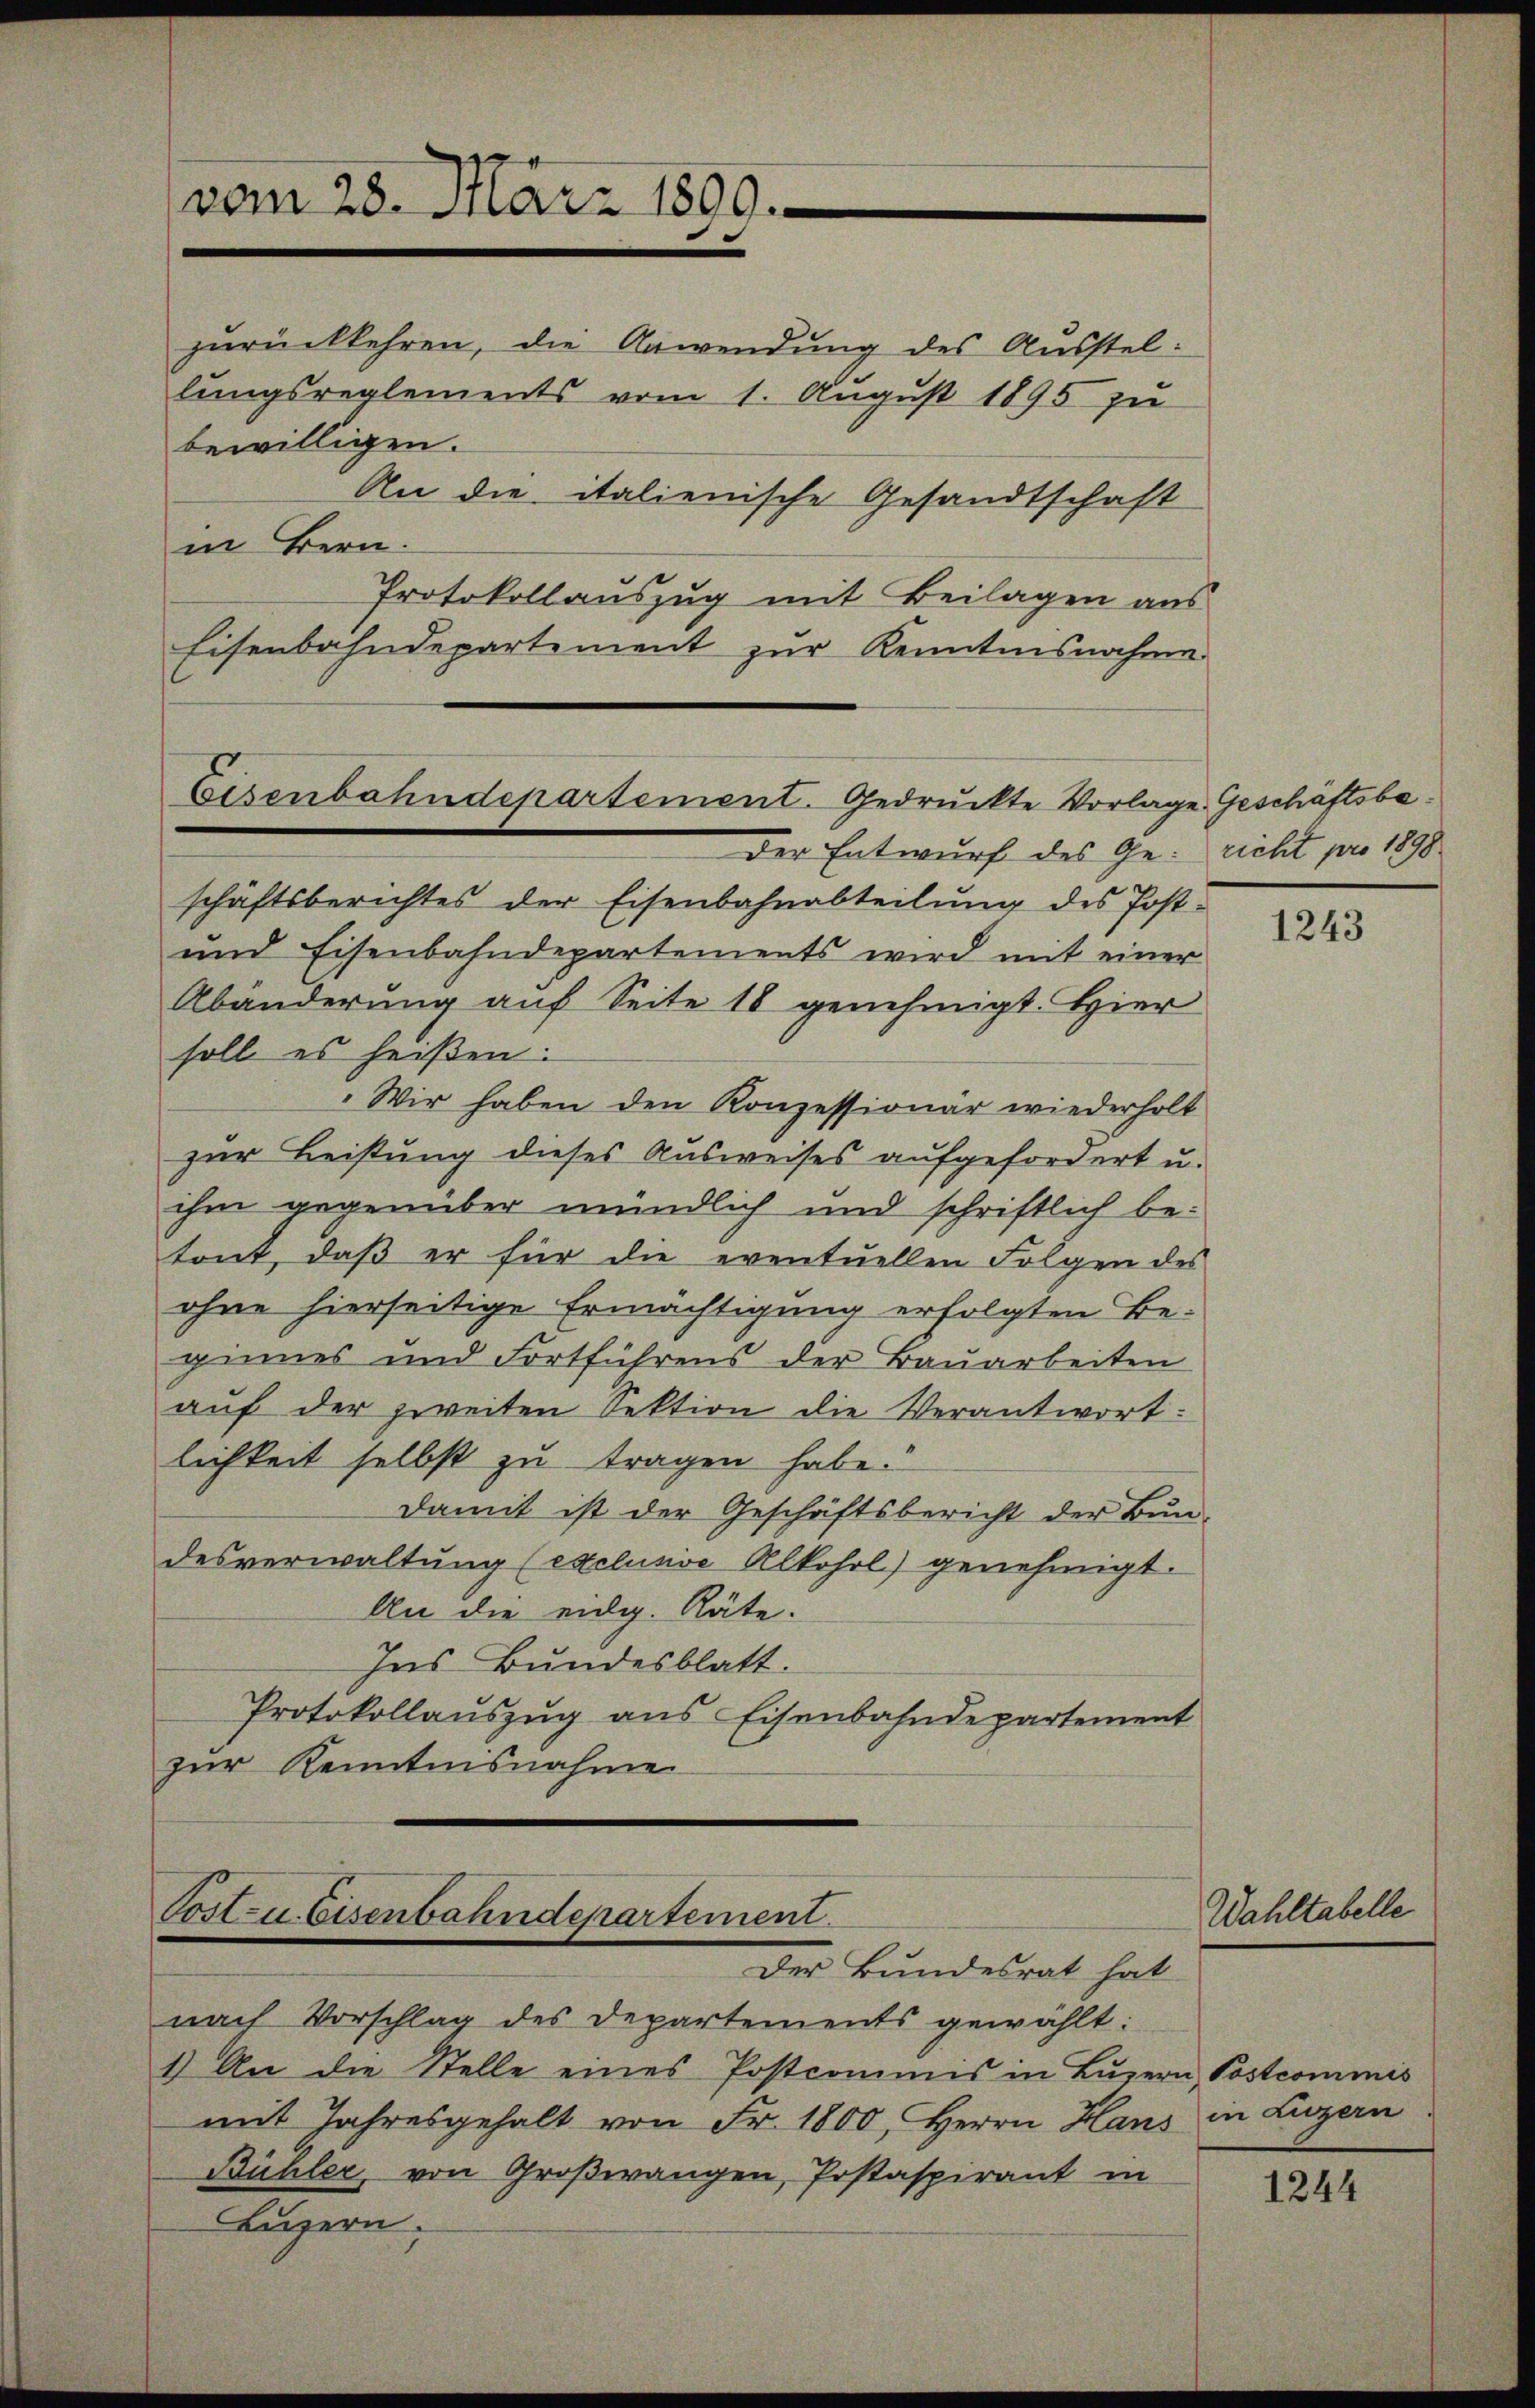
vom 28. März 1899.

zurückkehren, die Anwendung des Ausstellungsreglements vom 1. August 1895 zu
bewilligen.
An die italienische Gesandtschaft
in Bern.
Protokollauszug mit Beilagen aus
Eisenbahndepartement zur Kenntnisnahme

Eisenbahndepartement. Gedruckte Vorlage Geschäftsbe¬
Der Entwurf des Ge- richt pro 1898

schäftsberichtes der Eisenbahnabteilung des Post-
und Eisenbahndepartements wird mit einer
Abänderung auf Seite 18 genehmigt. Hier
soll es heißen:
„Wir haben den Konzessionär wiederholt
zur Leistung dieses Ausweises aufgefordert u.
ihm gegenüber mündlich und schriftlich betont, daß er für die eventuellen Folgen des
ohne hierseitige Ermächtigung erfolgten Beginnes und Fortführens der Bauarbeiten
auf der zweiten Sektion die Verantwortlichkeit selbst zu tragen habe.
Damit ist der Geschäftsbericht der Bun-
desverwaltung (exclusive Alkohrl) genehmigt.
An die eidg. Räte.
Ins Bundesblatt.
Protokollauszug aus Eisenbahndepartement
zur Kenntnisnahme

Post u. Eisenbahndepartement.
Der Bundesrat hat

nach Vorschlag des Departements gewählt:
1.) An die Stelle eines Postcommis in Luzern, Postcommis
mit Jahresgehalt von Fr. 1800, Herrn Haus in Luzern
Bühler von Großwangen, Postaspirant in
Luzern.

1243

Wahltabelle

1244